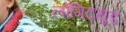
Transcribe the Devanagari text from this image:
लोंगिट्यूड